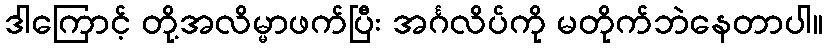
ဒါကြောင့် တို့အလိမ္မာဖက်ပြီး အင်္ဂလိပ်ကို မတိုက်ဘဲနေတာပါ။